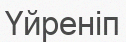
Үйреніп